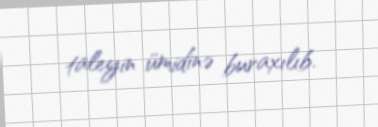
taleyin ümidinə buraxılıb.